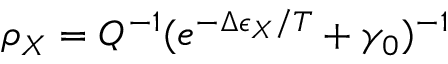
\rho _ { X } = Q ^ { - 1 } ( e ^ { - \Delta \epsilon _ { X } / T } + \gamma _ { 0 } ) ^ { - 1 }